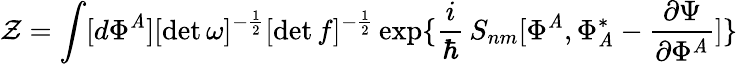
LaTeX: \mathcal{Z}=\int[d\Phi^{\mathit{A}}][\operatorname*{det}\omega]^{-{\frac{{1}}{{2}}}}[\operatorname*{det}f]^{-{\frac{{1}}{{2}}}}\exp\{ \frac{{i}}{{\hbar}}\, S_{nm}[\Phi^{\mathit{A}},\Phi_{\mathit{A}}^{*}-{\frac{{\partial\Psi}}{{\partial\Phi^{\mathit{A}}}}}]\}